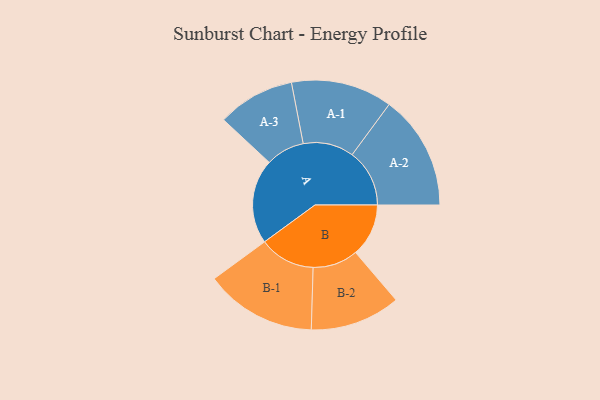
{"axis": {"x": "Segment", "y": "Value"}, "legend": ["", "A", "B"], "data": [{"x": "A", "y": 326, "type": ""}, {"x": "B", "y": 204, "type": ""}, {"x": "A-1", "y": 195, "type": "A"}, {"x": "A-2", "y": 221, "type": "A"}, {"x": "A-3", "y": 149, "type": "A"}, {"x": "B-1", "y": 215, "type": "B"}, {"x": "B-2", "y": 174, "type": "B"}]}